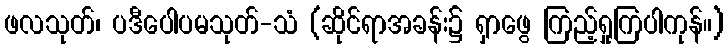
ဖလသုတ်၊ ပဒီပေါပမသုတ်-သံ (ဆိုင်ရာအခန်း၌ ရှာဖွေ ကြည့်ရှုကြပါကုန်။)